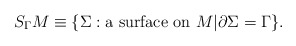
\begin{align*}S_{\Gamma}M \equiv \{ \Sigma : \mbox{a surface on $M$} |\partial \Sigma =\Gamma \}.\end{align*}